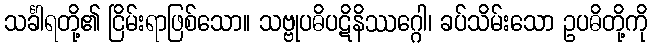
သင်္ခါရတို့၏ ငြိမ်းရာဖြစ်သော။ သဗ္ဗုပဓိပဋိနိဿဂ္ဂေါ၊ ခပ်သိမ်းသော ဥပဓိတို့ကို